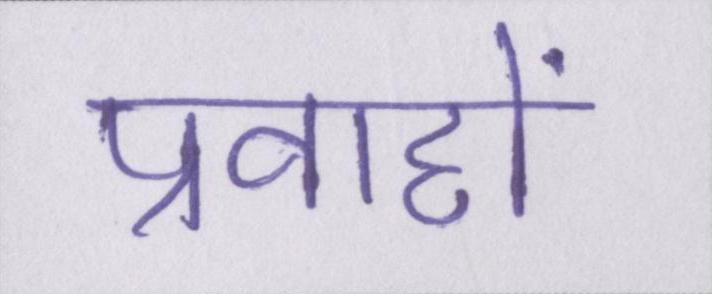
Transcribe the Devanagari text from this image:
प्रवाहों